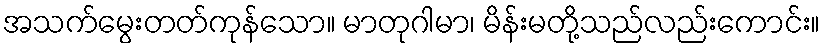
အသက်မွေးတတ်ကုန်သော။ မာတုဂါမာ၊ မိန်းမတို့သည်လည်းကောင်း။